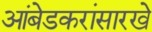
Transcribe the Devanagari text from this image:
आंबेडकरांसारखे